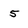
Character: 5